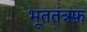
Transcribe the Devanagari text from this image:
भूततंत्रफ़